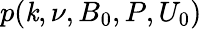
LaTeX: p(\mathit{k},\nu,B_{0},P,U_{0})